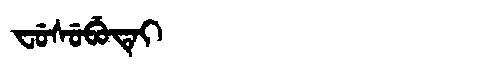
Manchu: ᠸᡠᠰᡠᠪᡠᡨᡝᡳ
Romanization: FUSUBUTEI